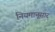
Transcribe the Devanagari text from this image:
नियमानूसार